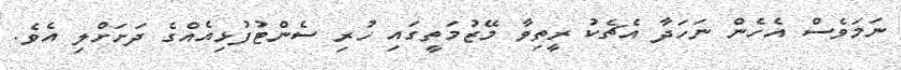
ނަމަވެސް އެހެން ނަހަދާ އެޗެކު ރީތިވާ މޭޒުމަތީގައި ހުރި ސެންޓުފުޅިއެއްގެ ދަށަށްލި އެވެ.